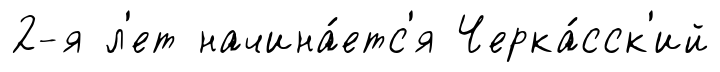
2-я л'ет начина́етс'я Черка́сск'ий